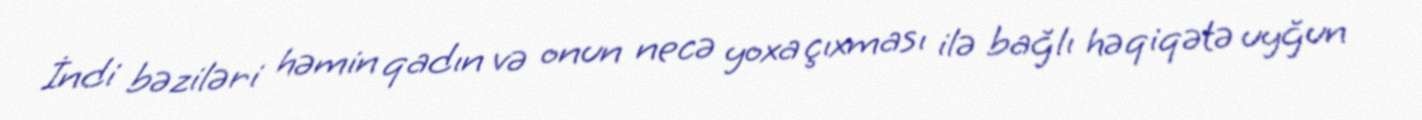
İndi bəziləri həmin qadın və onun necə yoxa çıxması ilə bağlı həqiqətə uyğun